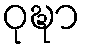
ဝုဍ္ဎာ